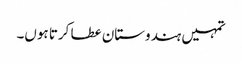
تمہیں ہندوستان عطا کرتا ہوں۔